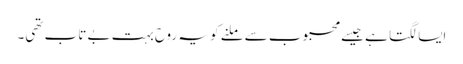
ایسا لگتا ہے جیسے محبوب سے ملنے کو یہ روح بہت بے تاب تھی۔